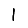
Digit: 1